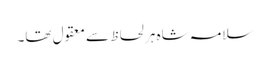
سلامہ شاہ ہر لحاظ سے معقول تھا۔